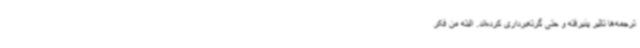
ترجمه‌ها تاثیر پذیرفته‌ و حتی گرته‌برداری کرده‌اند. البته من فکر